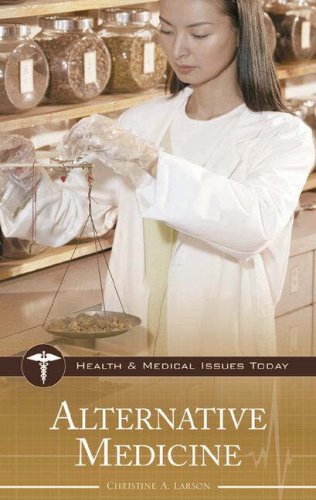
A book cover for Alternative Medicine (Health and Medical Issues Today); Christine A. Larson; Law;